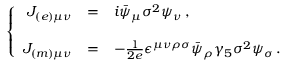
\left\{ \begin{array} { r c l } { { { \cal J } _ { ( e ) \mu \nu } } } & { { = } } & { { i \bar { \psi } _ { \mu } \sigma ^ { 2 } \psi _ { \nu } \, , } } \\ { { } } & { { } } & { { } } \\ { { { \cal J } _ { ( m ) \mu \nu } } } & { { = } } & { { - \frac { 1 } { 2 e } \epsilon ^ { \mu \nu \rho \sigma } \bar { \psi } _ { \rho } \gamma _ { 5 } \sigma ^ { 2 } \psi _ { \sigma } \, . } } \end{array} \right.